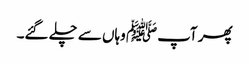
پھر آپﷺ وہاں سے چلے گئے۔